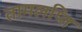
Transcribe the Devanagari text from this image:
तामलप्ति